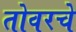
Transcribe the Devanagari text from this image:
तोवरचे